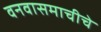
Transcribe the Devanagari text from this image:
वनवासमाचीचे